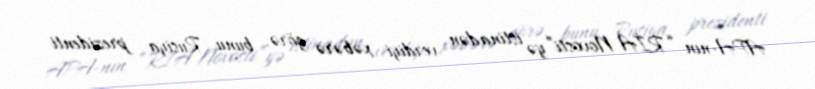
APA-nın “RİA Novosti”yə istinadən verdiyi xəbərə görə, bunu Rusiya prezidenti